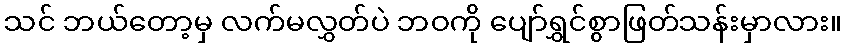
သင် ဘယ်တော့မှ လက်မလွှတ်ပဲ ဘဝကို ပျော်ရွှင်စွာဖြတ်သန်းမှာလား။